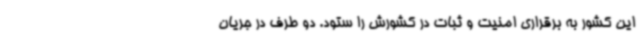
این کشور به برقراری امنیت و ثبات در کشورش را ستود. دو طرف در جریان